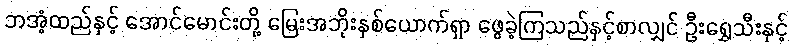
ဘအံ့ထည်နှင့် အောင်မောင်းတို့ မြေးအဘိုးနှစ်ယောက်ရှာ ဖွေခဲ့ကြသည်နှင့်စာလျှင် ဦးရွှေသီးနှင့်